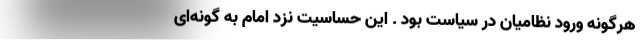
هرگونه ورود نظامیان در سیاست بود . این حساسیت نزد امام به گونه‌ای